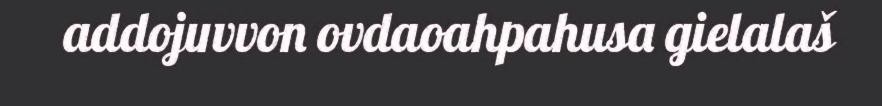
addojuvvon ovdaoahpahusa gielalaš